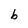
Character: b